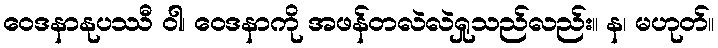
ဝေဒနာနုပဿီ ဝါ၊ ဝေဒနာကို အဖန်တလဲလဲရှုသည်လည်း။ န၊ မဟုတ်။